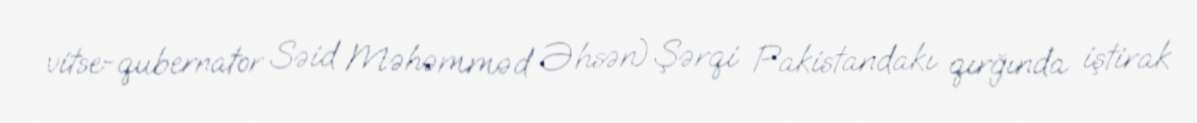
vitse-qubernator Səid Məhəmməd Əhsən) Şərqi Pakistandakı qırğında iştirak